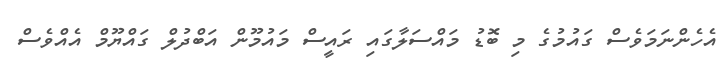
އެހެންނަމަވެސް ގައުމުގެ މި ބޮޑު މައްސަލާގައި ރައީސް މައުމޫން އަބްދުލް ގައްޔޫމް އެއްވެސް